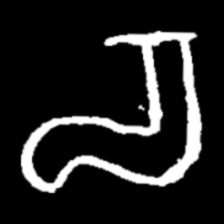
Pyu character \u2014 Myanmar letter: စ (romanized: ca)